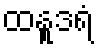
ထနူဒရံ